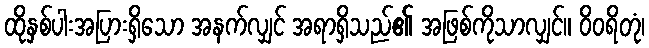
ထိုနှစ်ပါးအပြားရှိသော အနက်လျှင် အရာရှိသည်၏ အဖြစ်ကိုသာလျှင်။ ဝိဝရိတုံ၊